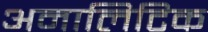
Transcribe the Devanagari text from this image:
अनालिटिक